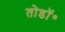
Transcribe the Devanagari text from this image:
तोडॉ॰